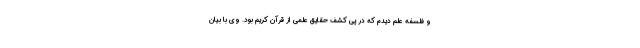
و فلسفه علم دیدم که در پی کشف حقایق علمی از قرآن کریم بود. وی با بیان